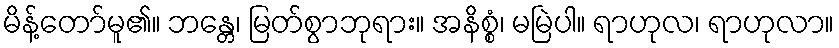
မိန့်တော်မူ၏။ ဘန္တေ၊ မြတ်စွာဘုရား။ အနိစ္စံ၊ မမြဲပါ။ ရာဟုလ၊ ရာဟုလာ။